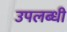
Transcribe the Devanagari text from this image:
उपलब्‍धी